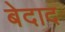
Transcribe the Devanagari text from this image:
बेदाद